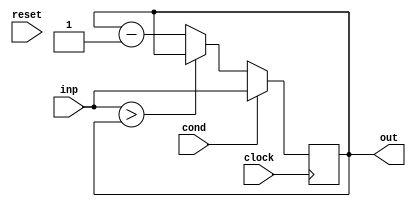
module Decrementer(
  input         clock,
  input         reset,
  input         cond,
  input  [15:0] inp,
  output [15:0] out
);
`ifdef RANDOMIZE_REG_INIT
  reg [31:0] _RAND_0;
`endif // RANDOMIZE_REG_INIT
  reg [15:0] x;
  wire  _T = inp > x;
  wire [15:0] _T_2 = x - 16'h1;
  assign out = x;
  always @(posedge clock) begin
    if (cond) begin
      x <= inp;
    end else if (!(_T)) begin
      x <= _T_2;
    end
  end
// Register and memory initialization
`ifdef RANDOMIZE_GARBAGE_ASSIGN
`define RANDOMIZE
`endif
`ifdef RANDOMIZE_INVALID_ASSIGN
`define RANDOMIZE
`endif
`ifdef RANDOMIZE_REG_INIT
`define RANDOMIZE
`endif
`ifdef RANDOMIZE_MEM_INIT
`define RANDOMIZE
`endif
`ifndef RANDOM
`define RANDOM $random
`endif
`ifdef RANDOMIZE_MEM_INIT
  integer initvar;
`endif
`ifndef SYNTHESIS
`ifdef FIRRTL_BEFORE_INITIAL
`FIRRTL_BEFORE_INITIAL
`endif
initial begin
  `ifdef RANDOMIZE
    `ifdef INIT_RANDOM
      `INIT_RANDOM
    `endif
    `ifndef VERILATOR
      `ifdef RANDOMIZE_DELAY
        #`RANDOMIZE_DELAY begin end
      `else
        #0.002 begin end
      `endif
    `endif
`ifdef RANDOMIZE_REG_INIT
  _RAND_0 = {1{`RANDOM}};
  x = _RAND_0[15:0];
`endif // RANDOMIZE_REG_INIT
  `endif // RANDOMIZE
end // initial
`ifdef FIRRTL_AFTER_INITIAL
`FIRRTL_AFTER_INITIAL
`endif
`endif // SYNTHESIS
endmodule